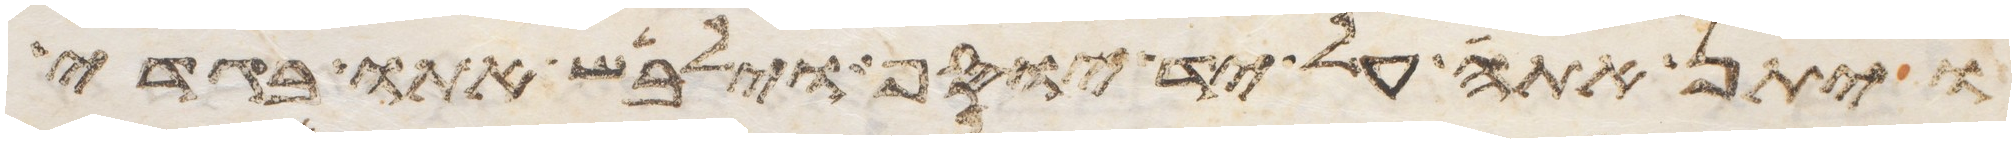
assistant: ויתן אתה על יד יוסף וילבש אתו בגדי